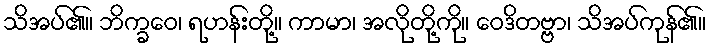
သိအပ်၏။ ဘိက္ခဝေ၊ ရဟန်းတို့။ ကာမာ၊ အလိုတို့ကို။ ဝေဒိတဗ္ဗာ၊ သိအပ်ကုန်၏။